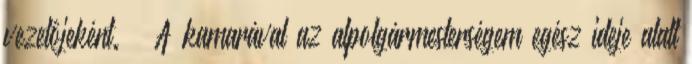
vezetôjeként. — A kamarával az alpolgármesterségem egész ideje alatt